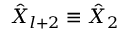
{ \hat { X } } _ { l + 2 } \equiv { \hat { X } } _ { 2 }